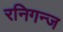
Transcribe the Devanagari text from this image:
रनिगन्ज